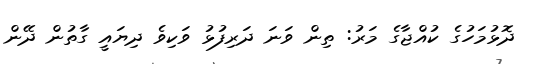
ދޮޅުމަހުގެ ކުއްޖާގެ މަރު: ތިން ވަނަ ދަރިފުޅު ވަކިވެ ދިޔައީ ގާތުން ދޭން